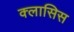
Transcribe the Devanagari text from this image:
क्लासिस